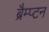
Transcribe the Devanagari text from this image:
ब्रैम्प्टन